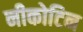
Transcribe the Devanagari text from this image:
नीकोटिन